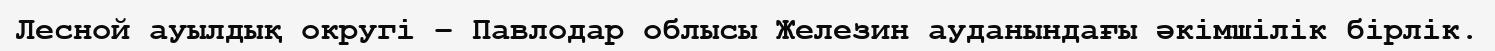
Лесной ауылдық округі – Павлодар облысы Железин ауданындағы әкімшілік бірлік.